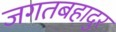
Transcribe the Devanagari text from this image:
जगतबहादुर